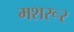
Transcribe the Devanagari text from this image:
मशरूर